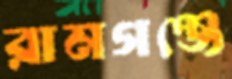
রামগঞ্জে